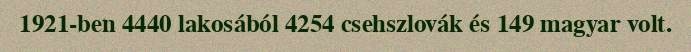
1921-ben 4440 lakosából 4254 csehszlovák és 149 magyar volt.